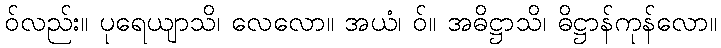
ဝ်လည်း။ ပုရေယျာသိ၊ လေလော။ အယံ၊ ဝ်။ အဓိဋ္ဌာသိ၊ ဓိဋ္ဌာန်ကုန်လော။